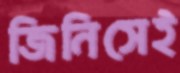
জিনিসেই